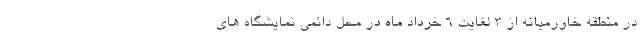
در منطقه خاورمیانه از ۳ لغایت ۶ خرداد ماه در محل دائمی نمایشگاه های